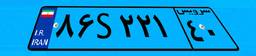
۸۶S۲۲۱۴۰